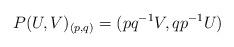
LaTeX: \begin{align*}P(U,V)_{(p,q)}=(pq^{-1}V,qp^{-1}U)\end{align*}